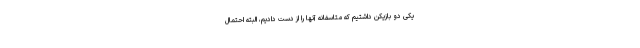
یکی دو بازیکن داشتیم که متاسفانه آنها را از دست دادیم،‌ البته احتمال